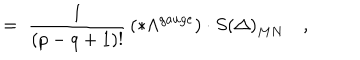
LaTeX: = \; \frac 1 { \left( p - q + 1 \right) ! } \, \left( * \Lambda ^ { g a u g e } \right) \cdot S \left( \Delta \right) _ { M N } \quad ,